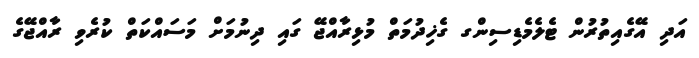
އަދި އޭގެއިތުރުން ޓެލެމެޑިސިންގ ގެޚިދުމަތް މުޅިރާއްޖޭ ގައި ދިނުމަށް މަސައްކަތް ކުރެވި ރާއްޖޭގެ